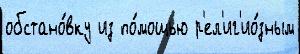
обстано́вку из по́мощью р'ел'иг'ио́зным